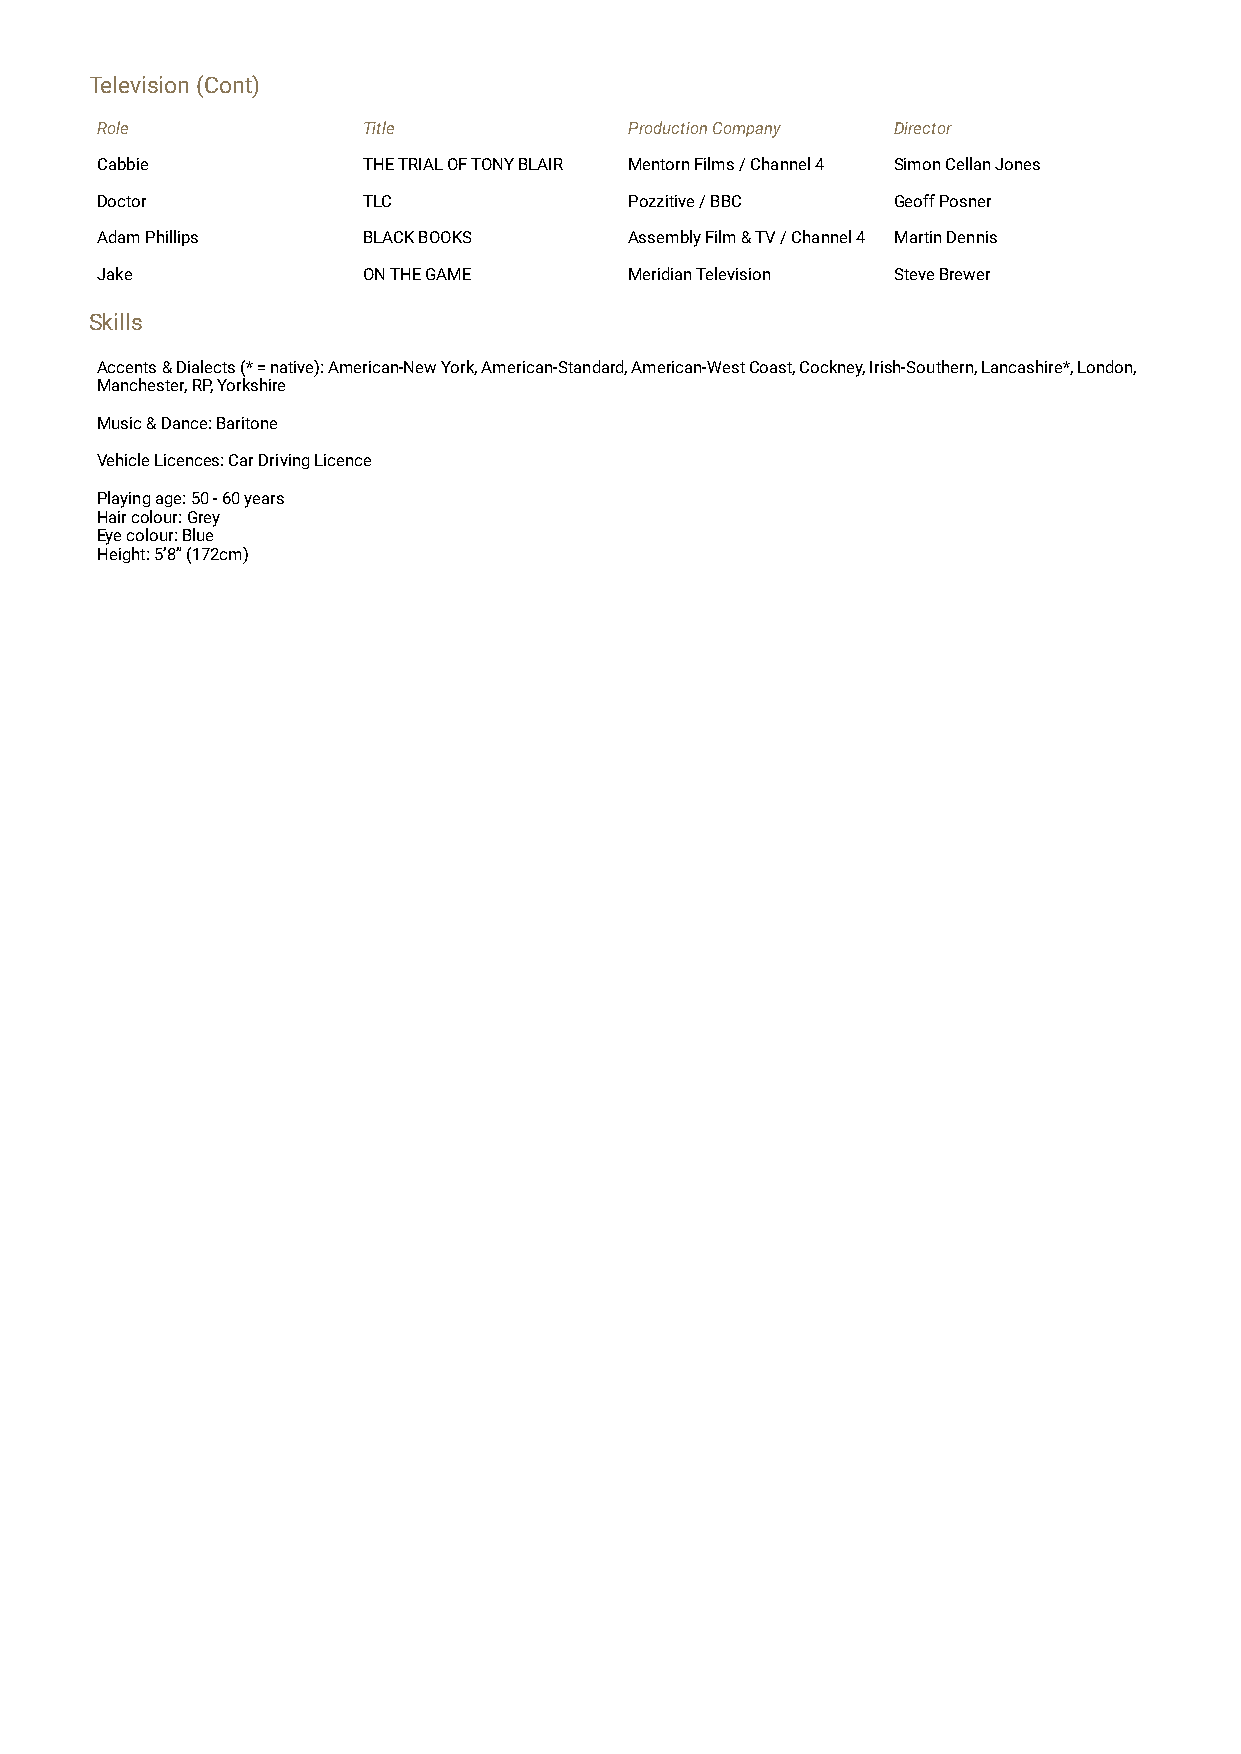
Television (Cont)
 Role              Title             Production Company Director
 Cabbie            THE TRIAL OF TONY BLAIR Mentorn Films / Channel 4 Simon Cellan Jones
 Doctor            TLC               Pozzitive / BBC  Geoff Posner
 Adam Phillips     BLACK BOOKS       Assembly Film & TV / Channel 4 Martin Dennis
 Jake              ON THE GAME       Meridian Television Steve Brewer
 Skills
 Accents & Dialects (* = native): American-New York, American-Standard, American-West Coast, Cockney, Irish-Southern, Lancashire*, London,
 Manchester, RP, Yorkshire
 Music & Dance: Baritone
 Vehicle Licences: Car Driving Licence
 Playing age: 50 - 60 years
 Hair colour: Grey
 Eye colour: Blue
 Height: 5’8” (172cm)